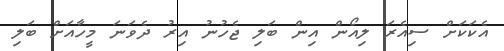
އެކަކަށް ސިއެރަ ލިއޯން އިން ބަލި ޖެހުނު އިރު ދެވަނަ މީހާއަށް ބަލި